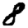
Digit: 8